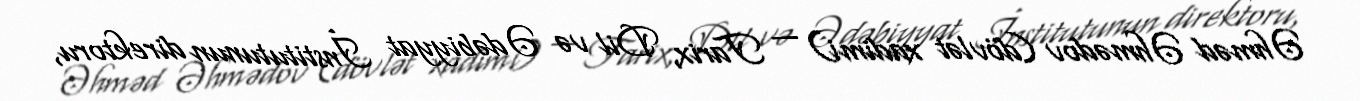
Əhməd Əhmədov (dövlət xadimi) — Tarix, Dil və Ədəbiyyat İnstitutunun direktoru,